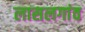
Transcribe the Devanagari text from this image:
लासलगांव